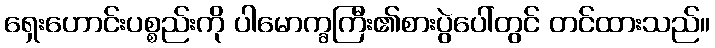
ရှေးဟောင်းပစ္စည်းကို ပါမောက္ခကြီး၏စားပွဲပေါ်တွင် တင်ထားသည်။